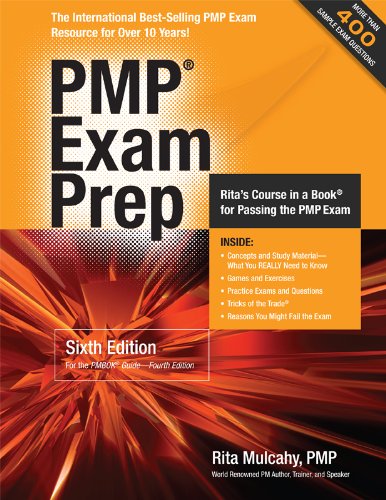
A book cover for PMP Exam Prep, Sixth Edition: Rita's Course in a Book for Passing the PMP Exam; Rita Mulcahy; Test Preparation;